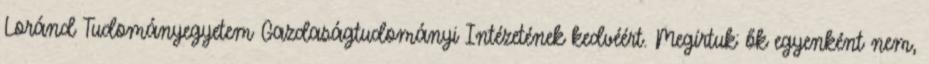
Loránd Tudományegyetem Gazdaságtudományi Intézetének kedvéért. Megírtuk: ők egyenként nem,